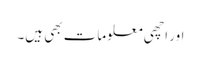
اور اچھی معلومات بھی ہیں۔